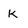
Character: k